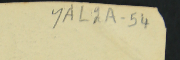
YAL2A-54